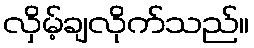
လှိမ့်ချလိုက်သည်။